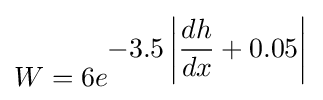
W=6e^{\displaystyle -3.5\left\vert {\frac {dh}{dx}}+0.05\right\vert }